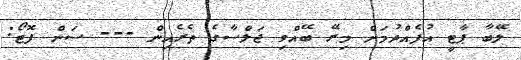
ލޭބާ ޕާޓީ އުފެއްދުމަށް މިރޭ ބޭއްވި ޖަލްސާގެ ތެރެއިން --- ސަން ފޮޓޯ: